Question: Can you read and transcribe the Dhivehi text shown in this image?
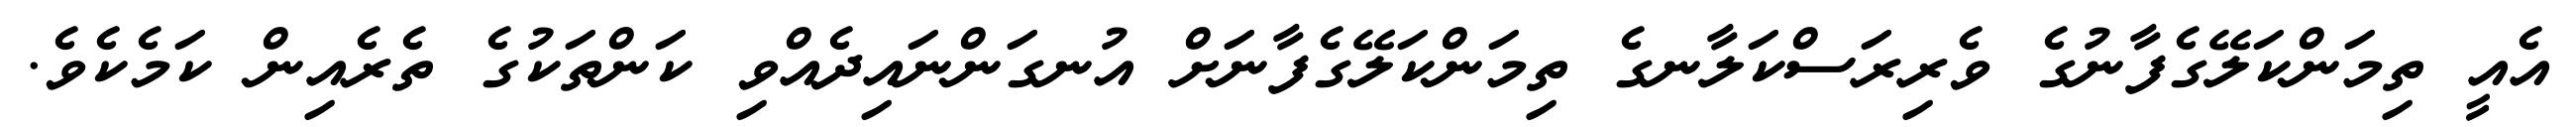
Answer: އެއީ ތިމަންކަލޭގެފާނުގެ ވެރިރަސްކަލާނގެ ތިމަންކަލޭގެފާނަށް އުނގަންނައިދެއްވި ކަންތަކުގެ ތެރެއިން ކަމެކެވެ.